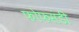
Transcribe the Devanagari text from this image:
फोफसंडी